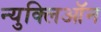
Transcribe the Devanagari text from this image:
न्युक्लिऑन